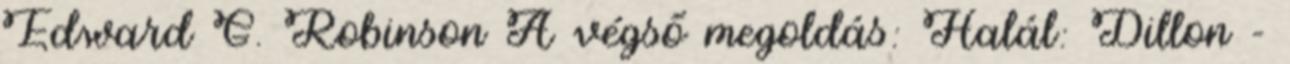
Edward G. Robinson A végső megoldás: Halál: Dillon -